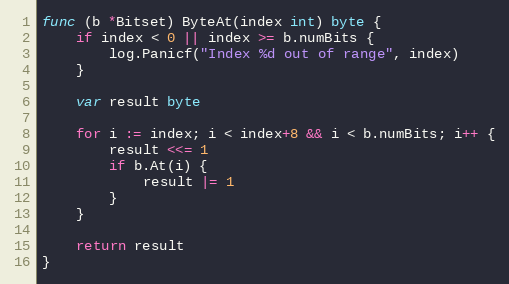
Language: Go
func (b *Bitset) ByteAt(index int) byte {
	if index < 0 || index >= b.numBits {
		log.Panicf("Index %d out of range", index)
	}

	var result byte

	for i := index; i < index+8 && i < b.numBits; i++ {
		result <<= 1
		if b.At(i) {
			result |= 1
		}
	}

	return result
}